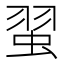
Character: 𫊼